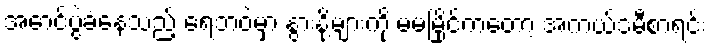
အောင်ပွဲခံနေသည့် ရေဘဝဲမှာ နွားနို့များကို မမမြိုင်ကတော့ အကယ်ဒမီစာရင်း